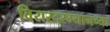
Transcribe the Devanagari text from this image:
विरारदरम्यानच्या